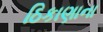
ઠિકાણાના